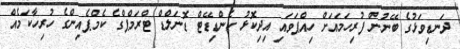
ދަނޑިވަޅުގެ ބޭނުން ފުރިހަމައަށް ހިއްޕަވައި އިދިކޮޅު ކެންޑިޑޭޓް ޑޮނަލްޑް ޓްރަމްޕްގެ ކެމްޕެއިންގެ ހުރިހާކަމެއް